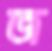
জ